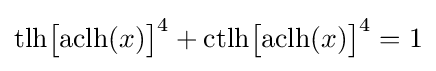
{\text{tlh}}{\bigl [}{\text{aclh}}(x){\bigr ]}^{4}+{\text{ctlh}}{\bigl [}{\text{aclh}}(x){\bigr ]}^{4}=1